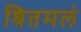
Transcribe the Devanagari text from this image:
श्रितमलं